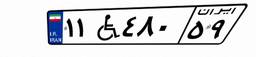
۱۱W۴۸۰۵۹